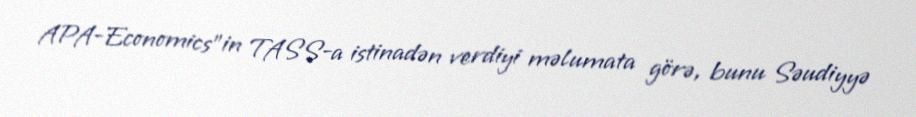
APA-Economics"in TASS-a istinadən verdiyi məlumata görə, bunu Səudiyyə